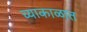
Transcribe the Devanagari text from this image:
च्याकाळात